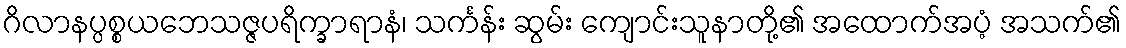
ဂိလာနပ္ပစ္စယဘေသဇ္ဇပရိက္ခာရာနံ၊ သင်္ကန်း ဆွမ်း ကျောင်းသူနာတို့၏ အထောက်အပံ့ အသက်၏